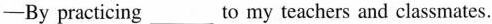
— By practicing ___ to my teachers and classmates.